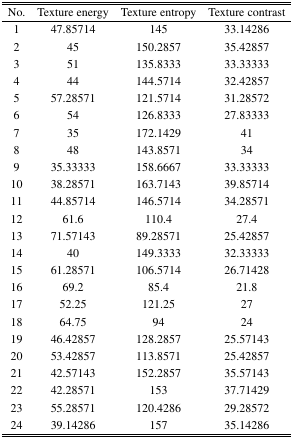
| No. | Texture energy | Texture entropy | Texture contrast |
 | --- | --- | --- | --- |
 | 1 | 47.85714 | 145 | 33.14286 |
 | 2 | 45 | 150.2857 | 35.42857 |
 | 3 | 51 | 135.8333 | 33.33333 |
 | 4 | 44 | 144.5714 | 32.42857 |
 | 5 | 57.28571 | 121.5714 | 31.28572 |
 | 6 | 54 | 126.8333 | 27.83333 |
 | 7 | 35 | 172.1429 | 41 |
 | 8 | 48 | 143.8571 | 34 |
 | 9 | 35.33333 | 158.6667 | 33.33333 |
 | 10 | 38.28571 | 163.7143 | 39.85714 |
 | 11 | 44.85714 | 146.5714 | 34.28571 |
 | 12 | 61.6 | 110.4 | 27.4 |
 | 13 | 71.57143 | 89.28571 | 25.42857 |
 | 14 | 40 | 149.3333 | 32.33333 |
 | 15 | 61.28571 | 106.5714 | 26.71428 |
 | 16 | 69.2 | 85.4 | 21.8 |
 | 17 | 52.25 | 121.25 | 27 |
 | 18 | 64.75 | 94 | 24 |
 | 19 | 46.42857 | 128.2857 | 25.57143 |
 | 20 | 53.42857 | 113.8571 | 25.42857 |
 | 21 | 42.57143 | 152.2857 | 35.57143 |
 | 22 | 42.28571 | 153 | 37.71429 |
 | 23 | 55.28571 | 120.4286 | 29.28572 |
 | 24 | 39.14286 | 157 | 35.14286 |